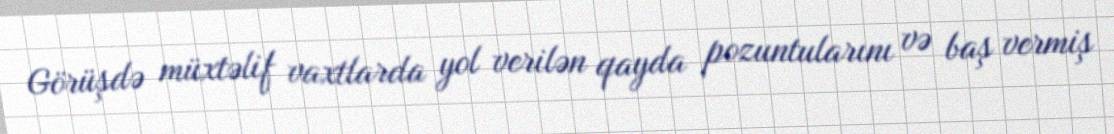
Görüşdə müxtəlif vaxtlarda yol verilən qayda pozuntularını və baş vermiş